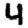
Digit: 4